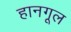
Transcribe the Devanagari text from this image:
हानगूल